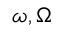
\omega , \Omega